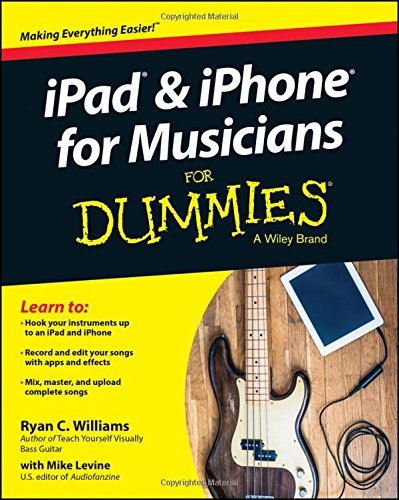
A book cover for iPad and iPhone For Musicians For Dummies; Ryan C. Williams; Computers & Technology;